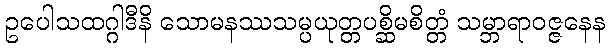
ဥပေါသထဂ္ဂါဒီနိ သောမနဿသမ္ပယုတ္တပစ္ဆိမစိတ္တံ သမ္ဘာရာဝဇ္ဇနေန